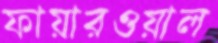
ফায়ারওয়াল